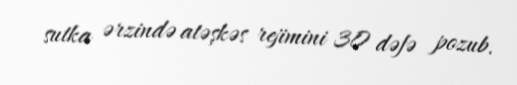
sutka ərzində atəşkəs rejimini 30 dəfə pozub.